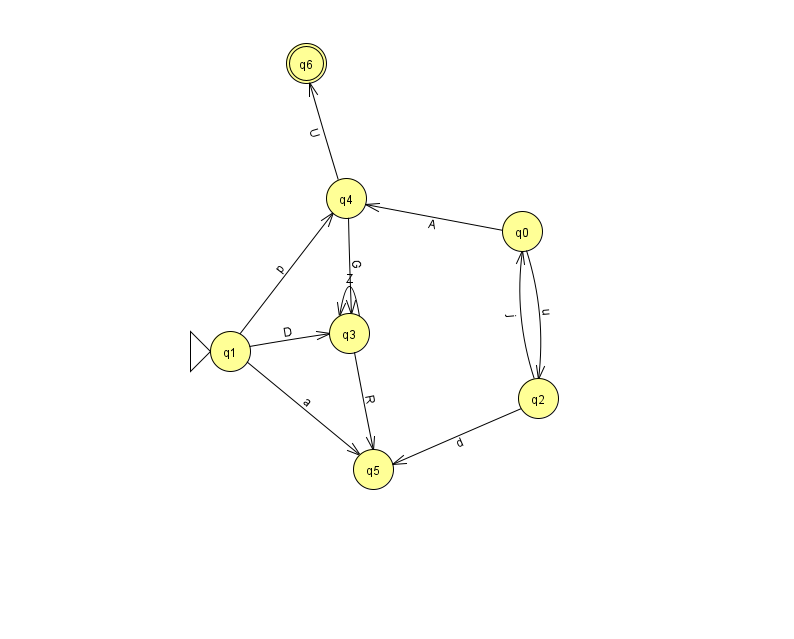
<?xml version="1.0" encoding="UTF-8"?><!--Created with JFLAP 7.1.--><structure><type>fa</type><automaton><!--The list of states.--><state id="0" name="q0"><x>522.0</x><y>218.0</y></state><state id="1" name="q1"><x>230.0</x><y>338.0</y><initial/></state><state id="2" name="q2"><x>538.0</x><y>385.0</y></state><state id="3" name="q3"><x>349.0</x><y>320.0</y></state><state id="4" name="q4"><x>346.0</x><y>185.0</y></state><state id="5" name="q5"><x>373.0</x><y>456.0</y></state><state id="6" name="q6"><x>306.0</x><y>50.0</y><final/></state><!--The list of transitions.--><transition><from>3</from><to>5</to><read>R</read></transition><transition><from>0</from><to>4</to><read>A</read></transition><transition><from>2</from><to>5</to><read>d</read></transition><transition><from>1</from><to>4</to><read>p</read></transition><transition><from>2</from><to>0</to><read>j</read></transition><transition><from>4</from><to>6</to><read>U</read></transition><transition><from>0</from><to>2</to><read>u</read></transition><transition><from>1</from><to>3</to><read>D</read></transition><transition><from>3</from><to>3</to><read>Z</read></transition><transition><from>4</from><to>3</to><read>G</read></transition><transition><from>1</from><to>5</to><read>a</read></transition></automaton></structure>